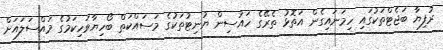
ރުފިޔާ ބަޖެޓްތަކުގައި ހިމަނައިގެން އަތޮޅު ތެރޭގެ ހައުސިން ޔުނިޓުތަކުގެ މަސައްކަތް ބޯހިޔާވަހިކަމުގެ މައްސަލައަށް